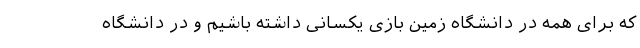
که برای همه در دانشگاه زمین بازی یکسانی داشته باشیم و در دانشگاه